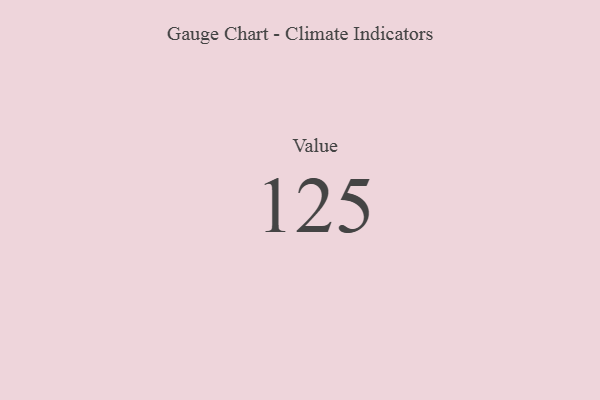
{"axis": {"x": "Metric", "y": "Value"}, "legend": [""], "data": [{"x": "Value", "y": 125, "type": ""}]}